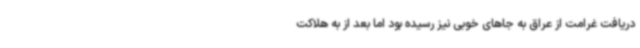
دریافت غرامت از عراق به جاهای خوبی نیز رسیده بود اما بعد از به هلاکت